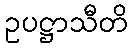
ဥပဋ္ဌာသီတိ